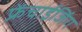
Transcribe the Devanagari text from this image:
फ्रेंचाईजिंग